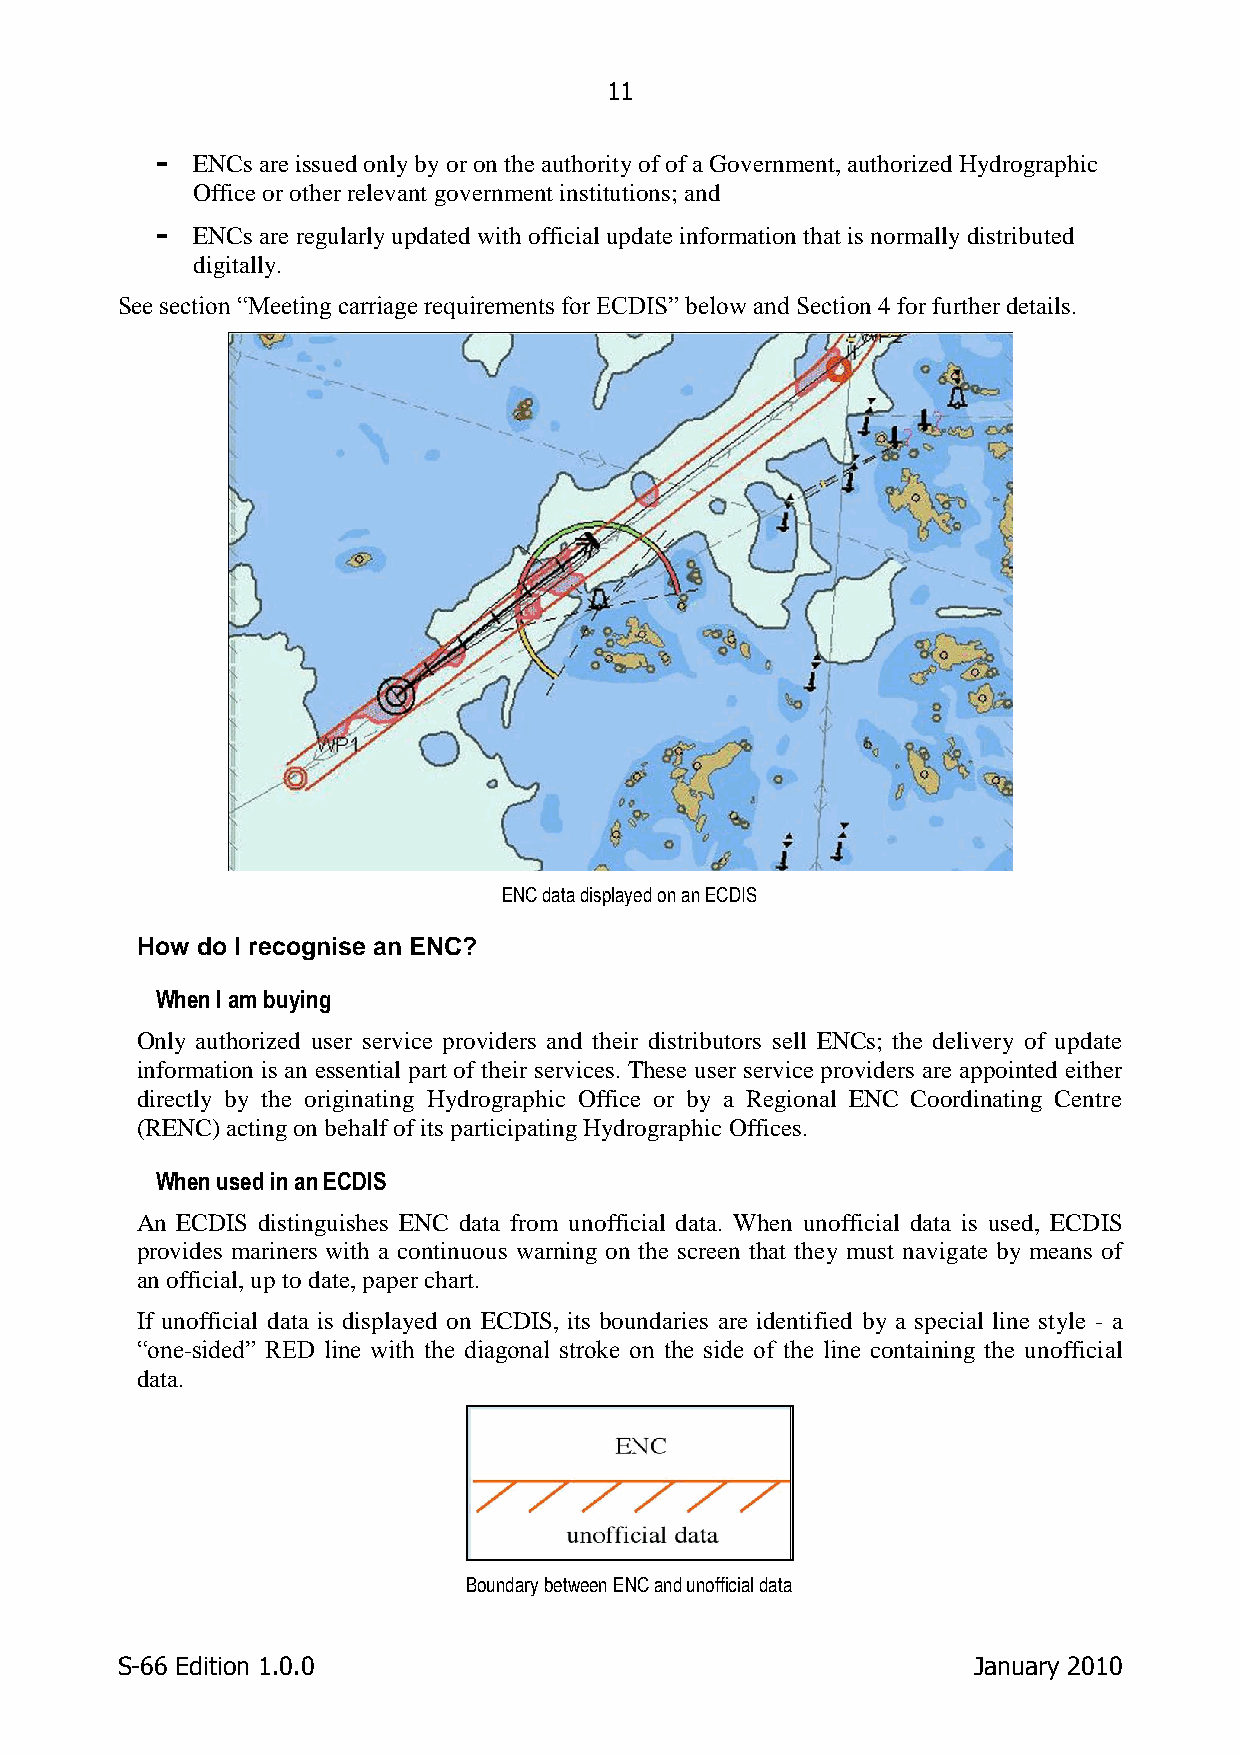
11
 -  ENCs are issued only by or on the authority of of a Government, authorized Hydrographic
 Office or other relevant government institutions; and
 -  ENCs are regularly updated with official update information that is normally distributed
 digitally.
 See section “Meeting carriage requirements for ECDIS” below and Section 4 for further details.
 ENC data displayed on an ECDIS
 How do I recognise an ENC?
 When I am buying
 Only authorized user service providers and their distributors sell ENCs; the delivery of update
 information is an essential part of their services. These user service providers are appointed either
 directly by the originating Hydrographic Office or by a Regional ENC Coordinating Centre
 (RENC) acting on behalf of its participating Hydrographic Offices.
 When used in an ECDIS
 An ECDIS distinguishes ENC data from unofficial data. When unofficial data is used, ECDIS
 provides mariners with a continuous warning on the screen that they must navigate by means of
 an official, up to date, paper chart.
 If unofficial data is displayed on ECDIS, its boundaries are identified by a special line style - a
 “one-sided” RED line with the diagonal stroke on the side of the line containing the unofficial
 data.
 Boundary between ENC and unofficial data
 S-66 Edition 1.0.0                                      January 2010